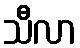
သီလာ